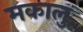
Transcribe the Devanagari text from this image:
मकालु